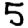
Digit: 5